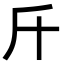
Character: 𣂑